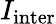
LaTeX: I_{\mathrm{inter}}